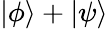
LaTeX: |\phi\rangle+|\psi\rangle